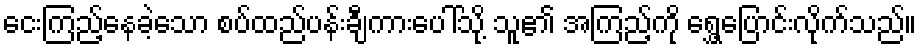
ငေးကြည့်နေခဲ့သော စပ်ထည်ပန်းချီကားပေါ်သို့ သူ၏ အကြည့်ကို ရွှေ့ပြောင်းလိုက်သည်။